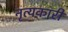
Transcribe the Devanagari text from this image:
नृत्यकारी